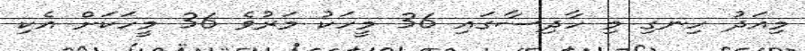
މިއަދު ހިނގި މި ހާދިސާގައި 36 މީހަކު މަރުވެ 36 މީހަކަށް އެކި